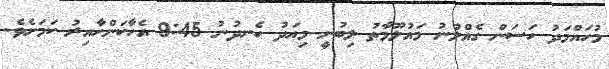
މުހައްމަދު ހަސަން ގެއްލުނު މައުލޫމާތު ލިބުނީ މިއަދު ހެނދުނު 9:45 އެހާކަންހާއިރު ކަމަށެވެ.